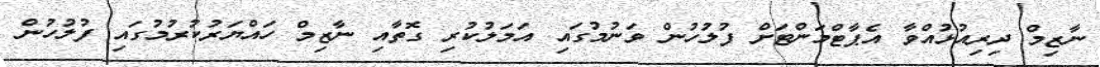
ނާޒިމް ދިރިއުޅުއްވާ އެޕާޓްމަންޓަށް ފުލުހުން ވަނުމުގައި އަަމަލުކުރި ގޮތާއި ނާޒިމް ހައްޔަރުކުރުމުގައި ފުލުހުން